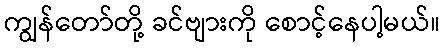
ကျွန်တော်တို့ ခင်ဗျားကို စောင့်နေပါ့မယ်။